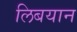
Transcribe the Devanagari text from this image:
लिबयान